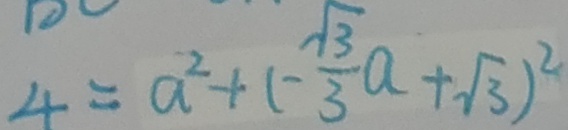
4 = a ^ { 2 } + ( - \frac { \sqrt { 3 } } { 3 } a + \sqrt { 3 } ) ^ { 2 }